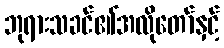
ဘုရားသခင်၏အလိုတော်နှင့်